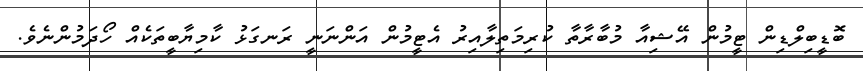
ބޮޑީބިލްޑިން ޓީމުން އޭޝިއާ މުބާރާތާ ކުރިމަތިލާއިރު އެޓީމުން އަންނަނީ ރަނގަޅު ކާމިޔާބީތަކެއް ހޯދަމުންނެވެ.